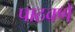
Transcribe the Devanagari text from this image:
पाठवणें